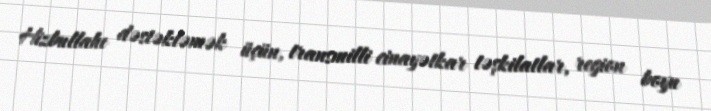
Hizbullahı dəstəkləmək üçün, transmilli cinayətkar təşkilatlar, region boyu